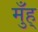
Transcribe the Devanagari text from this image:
मुँह्